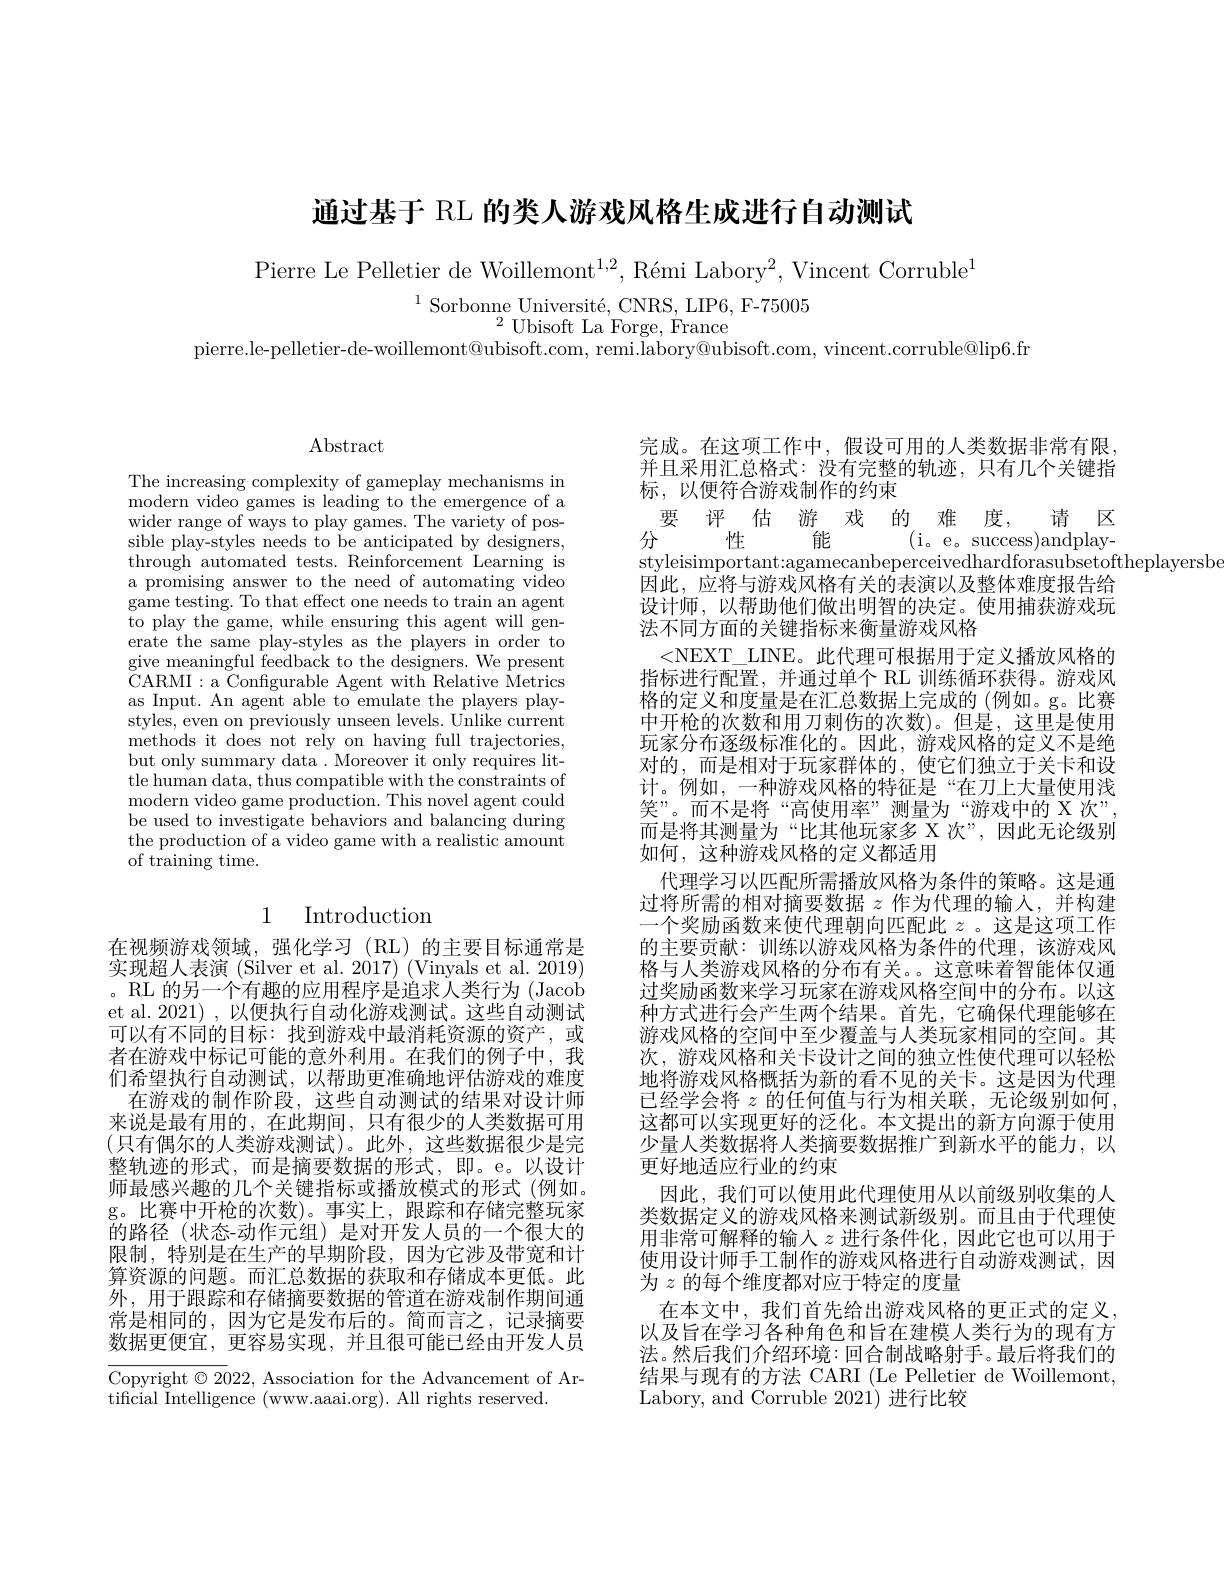
通过基于 RL 的类人游戏风格生成进行自动测试

Pierre Le Pelletier de Woillemont$^1,2,\text{R\'{e}miLabory}^2$,Vincent Corruble$^1$

$^{1}$Sorbonne Université, CNRS, LIP6, F-75005
$^{2}$Ubisoft La Forge, France

pierre.le-pelletier-de-woillemont@ubisoft.com, remi.labory@ubisoft.com, vincent.corruble@lip6.fr

$\operatorname{Abstract}$

The increasing complexity of gameplay mechanisms in modern video games is leading to the emergence of a wider range of ways to play games. The variety of possible play-styles needs to be anticipated by designers, through automated tests. Reinforcement Learning is a promising answer to the need of automating video game testing. To that effect one needs to train an agent to play the game, while ensuring this agent will generate the same play-styles as the players in order to give meaningful feedback to the designers. We present CARMI: a Configurable Agent with Relative Metrics as Input. An agent able to emulate the players playstyles, even on previously unseen levels. Unlike current methods it does not rely on having full trajectories, but only summary data . Moreover it only requires little human data, thus compatible with the constraints of modern video game production. This novel agent could be used to investigate behaviors and balancing during the production of a video game with a realistic amount of training time.

## 1 Introduction

在视频游戏领域，强化学习(RL)的主要目标通常是实现超人表演 (Silver et al. 2017) (Vinyals et al. 2019) 。RL 的另一个有趣的应用程序是追求人类行为 (Jacob et al. 2021) , 以便执行自动化游戏测试。这些自动测试可以有不同的目标：找到游戏中最消耗资源的资产，或者在游戏中标记可能的意外利用。在我们的例子中，我们希望执行自动测试，以帮助更准确地评估游戏的难度
在游戏的制作阶段，这些自动测试的结果对设计师来说是最有用的，在此期间，只有很少的人类数据可用(只有偶尔的人类游戏测试)。此外，这些数据很少是完整轨迹的形式，而是摘要数据的形式，即。e。以设计师最感兴趣的几个关键指标或播放模式的形式(例如。g。比赛中开枪的次数)。事实上，跟踪和存储完整玩家的路径(状态-动作元组)是对开发人员的一个很大的限制，特别是在生产的早期阶段，因为它涉及带宽和计算资源的问题。而汇总数据的获取和存储成本更低。此外，用于跟踪和存储摘要数据的管道在游戏制作期间通常是相同的，因为它是发布后的。简而言之，记录摘要数据更便宜，更容易实现，并且很可能已经由开发人员

Copyright $\odot2022$, Association for the Advancement of Ar-
tificial Intelligence (www.aaai.org). All rights reserved.

完成。在这项工作中，假设可用的人类数据非常有限， 并且采用汇总格式：没有完整的轨迹，只有几个关键指标，以便符合游戏制作的约束

要 评 估 游戏 的 难 度，请 区分 性 (i。e。success)andplaystyleisimportant:agamecanbeperceivedhardforasubsetoftheplayersbe
因此，应将与游戏风格有关的表演以及整体难度报告给设计师，以帮助他们做出明智的决定。使用捕获游戏玩法不同方面的关键指标来衡量游戏风格
<NEXT\_LINE。此代理可根据用于定义播放风格的指标进行配置，并通过单个 RL 训练循环获得。游戏风格的定义和度量是在汇总数据上完成的 (例如。g。比赛中开枪的次数和用刀刺伤的次数)。但是，这里是使用玩家分布逐级标准化的。因此，游戏风格的定义不是绝对的，而是相对于玩家群体的，使它们独立于关卡和设计。例如，一种游戏风格的特征是“在刀上大量使用浅笑”。而不是将“高使用率”测量为“游戏中的 X 次”, 而是将其测量为“比其他玩家多 X 次”,因此无论级别如何，这种游戏风格的定义都适用
代理学习以匹配所需播放风格为条件的策略。这是通过将所需的相对摘要数据$z$作为代理的输入，并构建一个奖励函数来使代理朝向匹配此$z$ 。这是这项工作的主要贡献：训练以游戏风格为条件的代理，该游戏风格与人类游戏风格的分布有关。。这意味着智能体仅通过奖励函数来学习玩家在游戏风格空间中的分布。以这种方式进行会产生两个结果。首先，它确保代理能够在游戏风格的空间中至少覆盖与人类玩家相同的空间。其次，游戏风格和关卡设计之间的独立性使代理可以轻松地将游戏风格概括为新的看不见的关卡。这是因为代理已经学会将 $z$ 的任何值与行为相关联，无论级别如何， 这都可以实现更好的泛化。本文提出的新方向源于使用少量人类数据将人类摘要数据推广到新水平的能力，以更好地适应行业的约束
因此，我们可以使用此代理使用从以前级别收集的人类数据定义的游戏风格来测试新级别。而且由于代理使用非常可解释的输入$z$进行条件化，因此它也可以用于使用设计师手工制作的游戏风格进行自动游戏测试，因为$z$的每个维度都对应于特定的度量
在本文中，我们首先给出游戏风格的更正式的定义， 以及旨在学习各种角色和旨在建模人类行为的现有方法。然后我们介绍环境：回合制战略射手。最后将我们的结果与现有的方法 CARI (Le Pelletier de Woillemont, Labory, and Corruble 2021) 进行比较